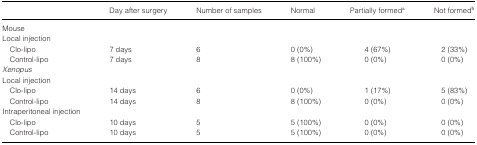
<table><thead><tr><td>[EMPTY_CELL]</td><td><b>Day after surgery</b></td><td><b>Number of samples</b></td><td><b>Normal</b></td><td><b>Partially formeda</b></td><td><b>Not formedb</b></td></tr></thead><tbody><tr><td>Mouse</td><td>[EMPTY_CELL]</td><td>[EMPTY_CELL]</td><td>[EMPTY_CELL]</td><td>[EMPTY_CELL]</td><td>[EMPTY_CELL]</td></tr><tr><td>Local injection</td><td>[EMPTY_CELL]</td><td>[EMPTY_CELL]</td><td>[EMPTY_CELL]</td><td>[EMPTY_CELL]</td><td>[EMPTY_CELL]</td></tr><tr><td>Clo‐lipo</td><td>7 days</td><td>6</td><td>0 (0%)</td><td>4 (67%)</td><td>2 (33%)</td></tr><tr><td>Control‐lipo</td><td>7 days</td><td>8</td><td>8 (100%)</td><td>0 (0%)</td><td>0 (0%)</td></tr><tr><td><i>Xenopus</i></td><td>[EMPTY_CELL]</td><td>[EMPTY_CELL]</td><td>[EMPTY_CELL]</td><td>[EMPTY_CELL]</td><td>[EMPTY_CELL]</td></tr><tr><td>Local injection</td><td>[EMPTY_CELL]</td><td>[EMPTY_CELL]</td><td>[EMPTY_CELL]</td><td>[EMPTY_CELL]</td><td>[EMPTY_CELL]</td></tr><tr><td>Clo‐lipo</td><td>14 days</td><td>6</td><td>0 (0%)</td><td>1 (17%)</td><td>5 (83%)</td></tr><tr><td>Control‐lipo</td><td>14 days</td><td>8</td><td>8 (100%)</td><td>0 (0%)</td><td>0 (0%)</td></tr><tr><td>Intraperitoneal injection</td><td>[EMPTY_CELL]</td><td>[EMPTY_CELL]</td><td>[EMPTY_CELL]</td><td>[EMPTY_CELL]</td><td>[EMPTY_CELL]</td></tr><tr><td>Clo‐lipo</td><td>10 days</td><td>5</td><td>5 (100%)</td><td>0 (0%)</td><td>0 (0%)</td></tr><tr><td>Control‐lipo</td><td>10 days</td><td>5</td><td>5 (100%)</td><td>0 (0%)</td><td>0 (0%)</td></tr></tbody></table>